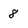
Character: 8